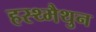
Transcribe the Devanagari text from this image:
हस्थ्मैथुन